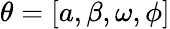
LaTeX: \theta=[a,\beta,\omega,\phi]